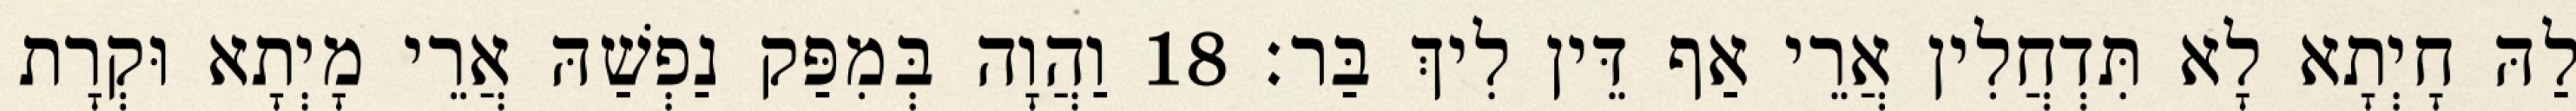
לַהּ חָיְתָא לָא תִּדְחֲלִין אֲרֵי אַף דֵּין לִיךְ בַּר׃ 18 וַהֲוָה בְּמִפַּק נַפְשַׁהּ אֲרֵי מָיְתָא וּקְרָת